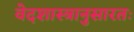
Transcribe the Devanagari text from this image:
वेदशास्त्रानुसारतः